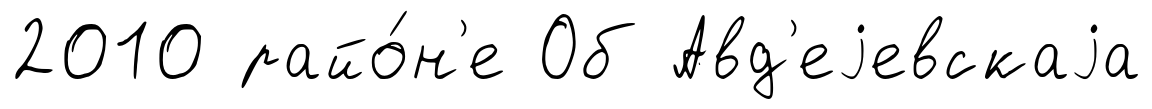
2010 райо́н'е Об Авд'еjевскаjа